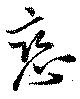
恋